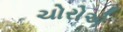
ચોરોએ